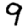
Digit: 9